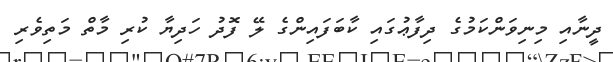
ދީނާއި މިނިވަންކަމުގެ ދިފާޢުގައި ކާބަފައިންގެ ލޭ ފޮދު ހަދިޔާ ކުރި މާތް މަތިވެރި